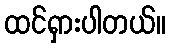
ထင်ရှားပါတယ်။